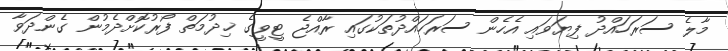
މާލެ ސަރަހައްދު ފިޔަވައި އެހެން ސަރަހައްދުތަކުގައި ރާއްޖެ ޓީވީގެ ޚިދުމަތް ފޯރުކޮށްދެމުން ގެންދަވާ